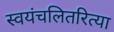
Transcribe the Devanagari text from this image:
स्वयंचलितरित्या